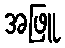
အဖြူ